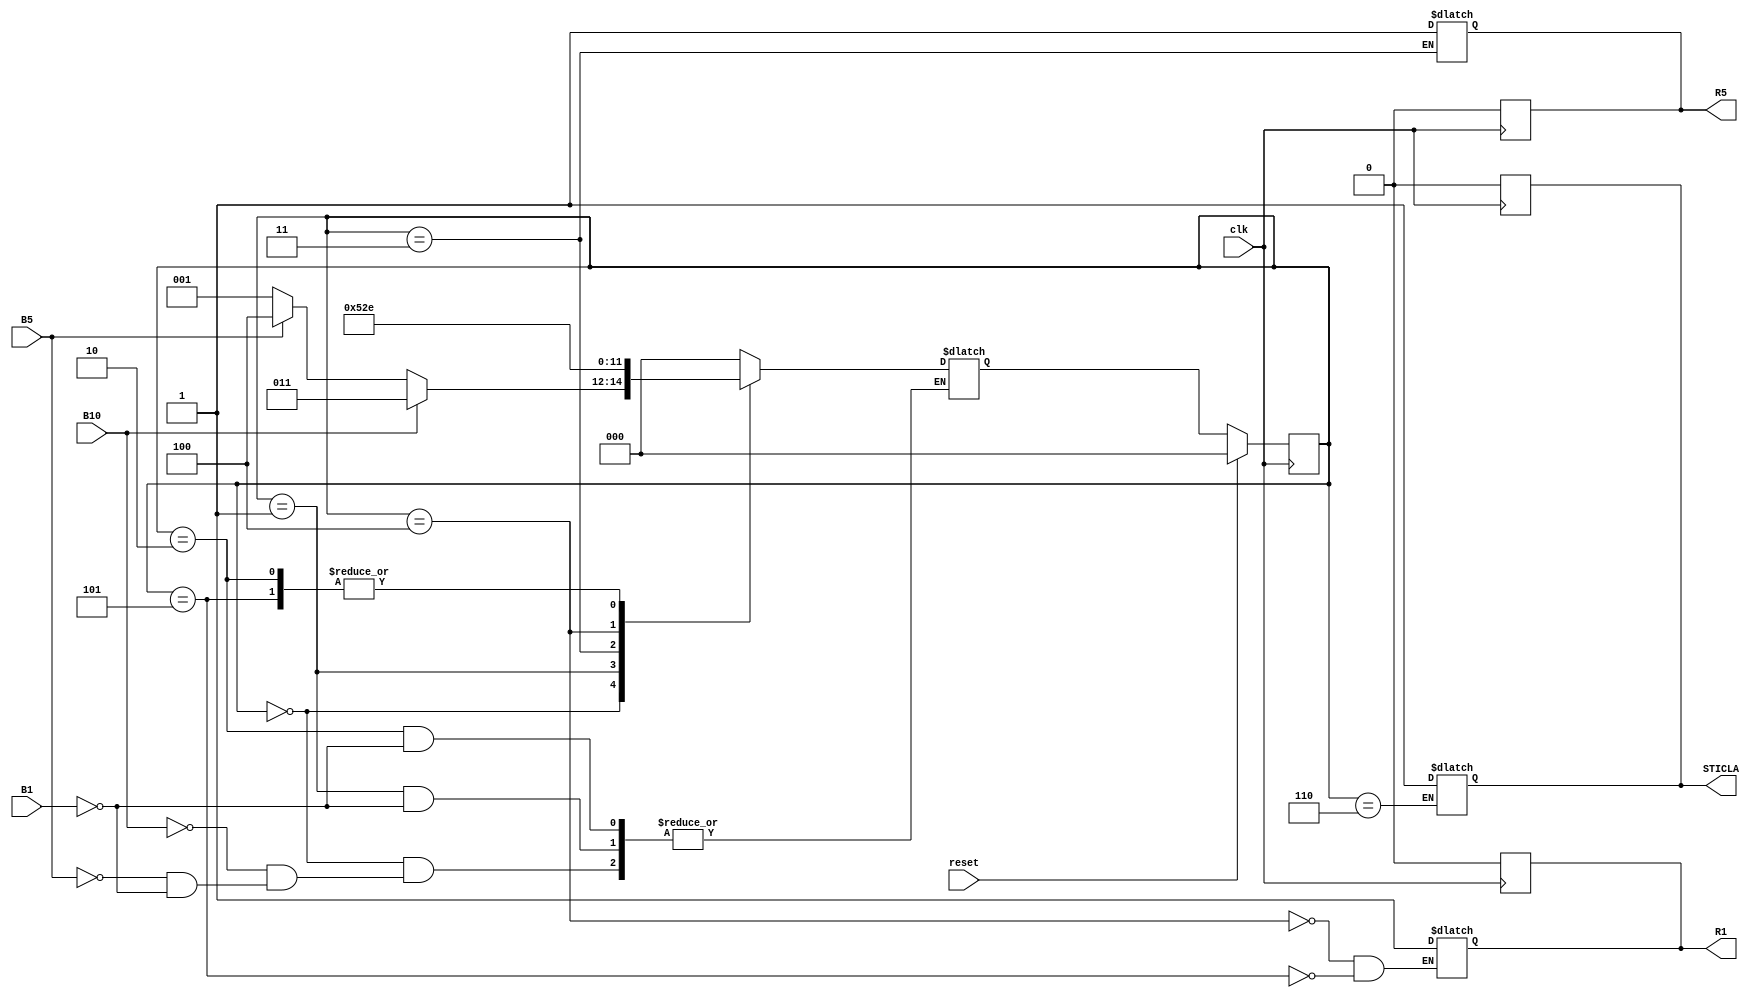
`timescale 1ns / 1ps
//////////////////////////////////////////////////////////////////////////////////
// Company: 
// Engineer: 
// 
// Design Name: 
// Module Name: Automat
// Project Name: 
// Target Devices: 
// Tool Versions: 
// Description: 
// 
// Dependencies: 
// 
// Revision:
// Revision 0.01 - File Created
// Additional Comments:
// 
//////////////////////////////////////////////////////////////////////////////////


module Automat(clk, reset, B1, B5, B10, R1, R5, STICLA);
    input clk, reset, B1, B5, B10;
    output R1, R5, STICLA;
    reg R1, R5, STICLA;
    reg [2:0] currentState, nextState;
    
    //  s0 = 000 -  stare initiala
    //  s1 = 001 -  s-a introdus un leu
    //  s2 = 010 -  s-au introdus 2 lei
    //  s3 = 011 - s-au introdus 10 lei
    //  s4 = 100 -  s-au introdus 5 lei
    //  s5 = 101 - se da rest primul leu
    //  s6 = 110 -  se da rest ultimul leu
    
    always @(posedge clk)
    begin
        if (~reset)
            currentState <= nextState;
        else
            currentState <= 3'b000;
    end
    
    always @(negedge clk)
    begin
        R1 = 0;
        R5 = 0;
        STICLA = 0;
    end

    always @(currentState, B1, B5, B10)
    begin
        case(currentState)
            3'b00:begin
                if(B1)
                    nextState <= 3'b001;
                if(B5)
                    nextState <= 3'b100;
                if(B10)
                    nextState <= 3'b011;
            end
            3'b001:begin
                if(B1)
                    nextState <= 3'b010;
            end
            3'b010:begin
                if(B1)
                    nextState <= 3'b110;
            end
            3'b011:begin
                R5 <= 1;
                nextState <= 3'b100;
            end
            3'b100:begin
                R1 <= 1;
                nextState <= 3'b101;
            end
            3'b101:begin
                R1 <= 1;
                nextState <= 3'b110;
            end
            3'b110:begin
                STICLA <= 1;
                nextState <= 3'b000;
            end
            default:begin
                nextState <= 3'b000;
            end
        endcase
    end
endmodule